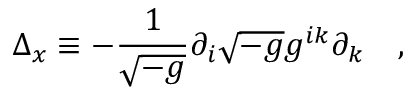
\Delta _ { x } \equiv - { \frac { 1 } { \sqrt { - g } } } \partial _ { i } \sqrt { - g } g ^ { i k } \partial _ { k } ~ ~ ~ ,